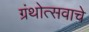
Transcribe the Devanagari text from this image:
ग्रंथोत्सवाचे